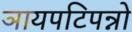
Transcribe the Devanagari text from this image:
ञायपटिपन्नो